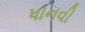
પાનવી